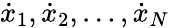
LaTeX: {\dot{x}}_{1},{\dot{x}}_{2},\dots,{\dot{x}}_{N}